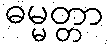
ဓမ္မတ္တာ